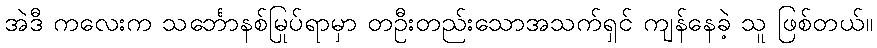
အဲဒီ ကလေးက သင်္ဘောနစ်မြုပ်ရာမှာ တဦးတည်းသောအသက်ရှင် ကျန်နေခဲ့ သူ ဖြစ်တယ်။